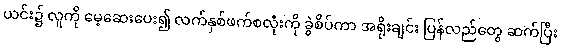
ယင်း၌ လူကို မေ့ဆေးပေး၍ လက်နှစ်ဖက်စလုံးကို ခွဲစိပ်ကာ အရိုးချင်း ပြန်လည်တွေ ဆက်ပြီး